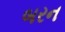
બરન